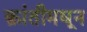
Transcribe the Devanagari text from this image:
क्रांतीमधून